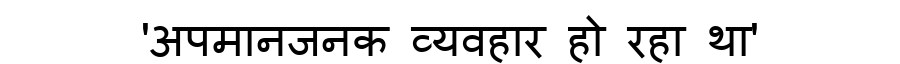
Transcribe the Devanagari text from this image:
'अपमानजनक व्यवहार हो रहा था'